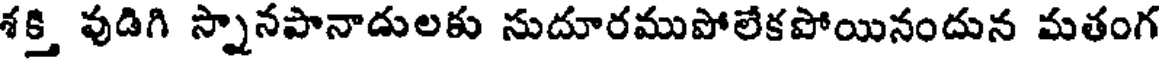
శక్తి వుడిగి స్నానపానాడులకు సుదూరముపోలేకపోయినందున మతంగ